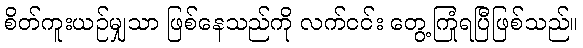
စိတ်ကူးယဉ်မျှသာ ဖြစ်နေသည်ကို လက်ငင်း တွေ့ကြုံရပြီဖြစ်သည်။